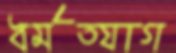
ধর্মত্যাগ